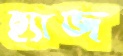
হ্যাজ